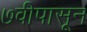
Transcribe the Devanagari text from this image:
७वीपासून